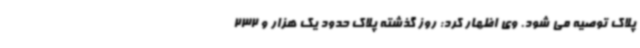
پلاک توصیه می شود. وی اظهار کرد: روز گذشته پلاک حدود یک هزار و 232